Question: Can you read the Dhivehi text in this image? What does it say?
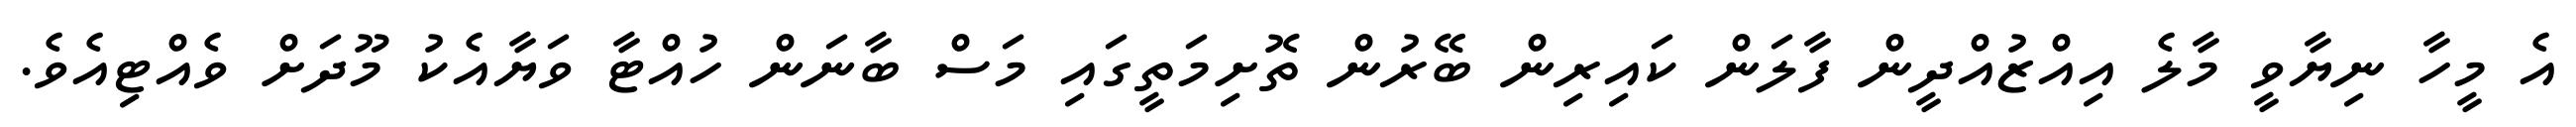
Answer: އެ މީހާ ނިޔާވީ މާލެ އިއްޒުއްދީން ފާލަން ކައިރިން ބޭރުން ތޮށިމަތީގައި މަސް ބާނަން ހުއްޓާ ވަޔާއެކު މޫދަށް ވެއްޓިއެވެ.